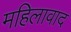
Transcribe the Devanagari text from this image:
महिलावाद